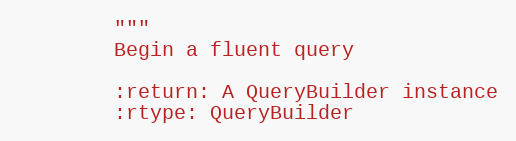
Language: Python
        """
        Begin a fluent query

        :return: A QueryBuilder instance
        :rtype: QueryBuilder